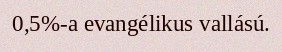
0,5%-a evangélikus vallású.